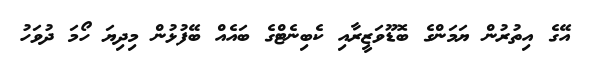
އޭގެ އިތުރުން ޔަމަންގެ ބޮޑޫވަޒީރާއި ކެބިނެޓްގެ ބައެއް ބޭފުޅުން މިދިޔަ ހޯމަ ދުވަހު